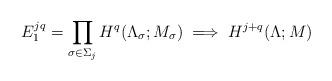
LaTeX: \begin{align*} E_1^{jq} = \prod_{\sigma\in \Sigma_j} H^q(\Lambda_\sigma; M_\sigma) \implies H^{j+q}(\Lambda; M) \end{align*}